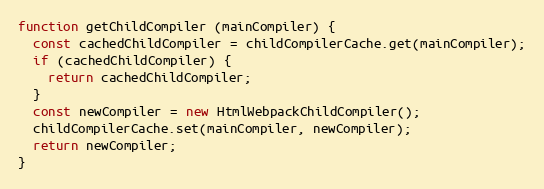
Language: JavaScript
function getChildCompiler (mainCompiler) {
  const cachedChildCompiler = childCompilerCache.get(mainCompiler);
  if (cachedChildCompiler) {
    return cachedChildCompiler;
  }
  const newCompiler = new HtmlWebpackChildCompiler();
  childCompilerCache.set(mainCompiler, newCompiler);
  return newCompiler;
}